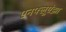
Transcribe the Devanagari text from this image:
एनफ्लूएंझा